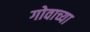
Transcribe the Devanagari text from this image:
गोवाच्या